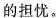
的担忧。